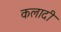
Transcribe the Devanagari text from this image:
कलादी